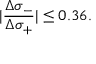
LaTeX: \vert \frac { \Delta \sigma _ { - } } { \Delta \sigma _ { + } } \vert \le 0 . 3 6 .